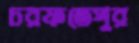
চরফতেপুর